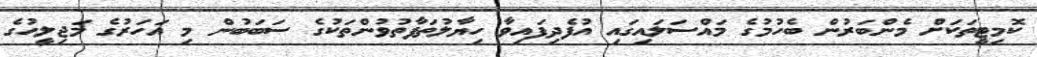
ކޮމިޓީތަކަށް މެންބަރުން ބެހުމުގެ މައްސަލައިގައި އުފެދިފައިވާ ހިޔާލުތަފާތުވުންތަކުގެ ސަބަބުން މި އަހަރުގެ މަޖިލީހުގެ